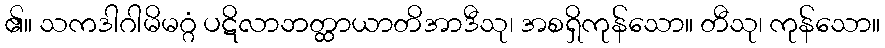
၏။ သကဒါဂါမိမဂ္ဂံ ပဋိလာဘတ္ထာယာတိအာဒီသု၊ အစရှိကုန်သော။ တီသု၊ ကုန်သော။